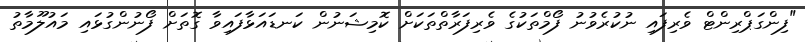
"ފިންގަޕްރިންޓް ވެރިފައި ނުކުރެވުނު ފޯމްތަކުގެ ވެރިފަރާތްތަކަށް ކޮމިޝަނުން ކަނޑައަޅާފައިވާ ގޮތަށް ފޯނުންގުޅައި މައުލޫމާތު